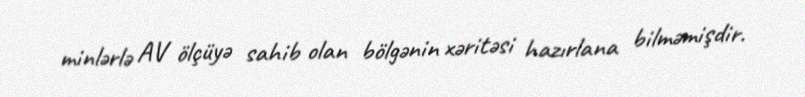
minlərlə AV ölçüyə sahib olan bölgənin xəritəsi hazırlana bilməmişdir.